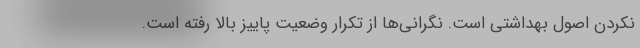
نکردن اصول بهداشتی است. نگرانی‌ها از تکرار وضعیت پاییز بالا رفته است.